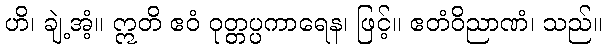
ဟိ၊ ချဲ့အံ့။ ဣတိ ဧဝံ ဝုတ္တပ္ပကာရေန၊ ဖြင့်။ ဧတံဝိညာဏံ၊ သည်။